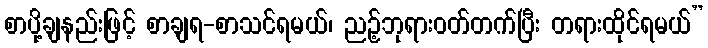
စာပို့ချနည်းဖြင့် စာချရ-စာသင်ရမယ်၊ ညဉ့်ဘုရားဝတ်တက်ပြီး တရားထိုင်ရမယ်”